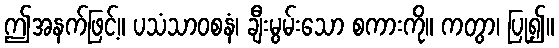
ဤအနက်ဖြင့်။ ပသံသာဝစနံ၊ ချီးမွမ်းသော စကားကို။ ကတွာ၊ ပြု၍။